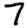
Digit: 7